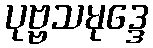
ပုဗ္ဗသမုဒ္ဒေ